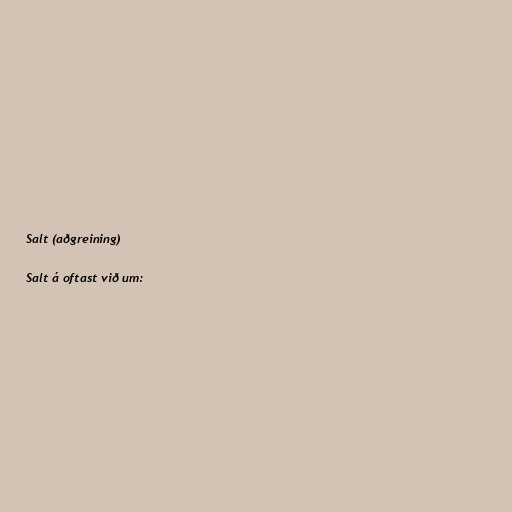
Salt (aðgreining)

Salt á oftast við um: